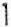
1